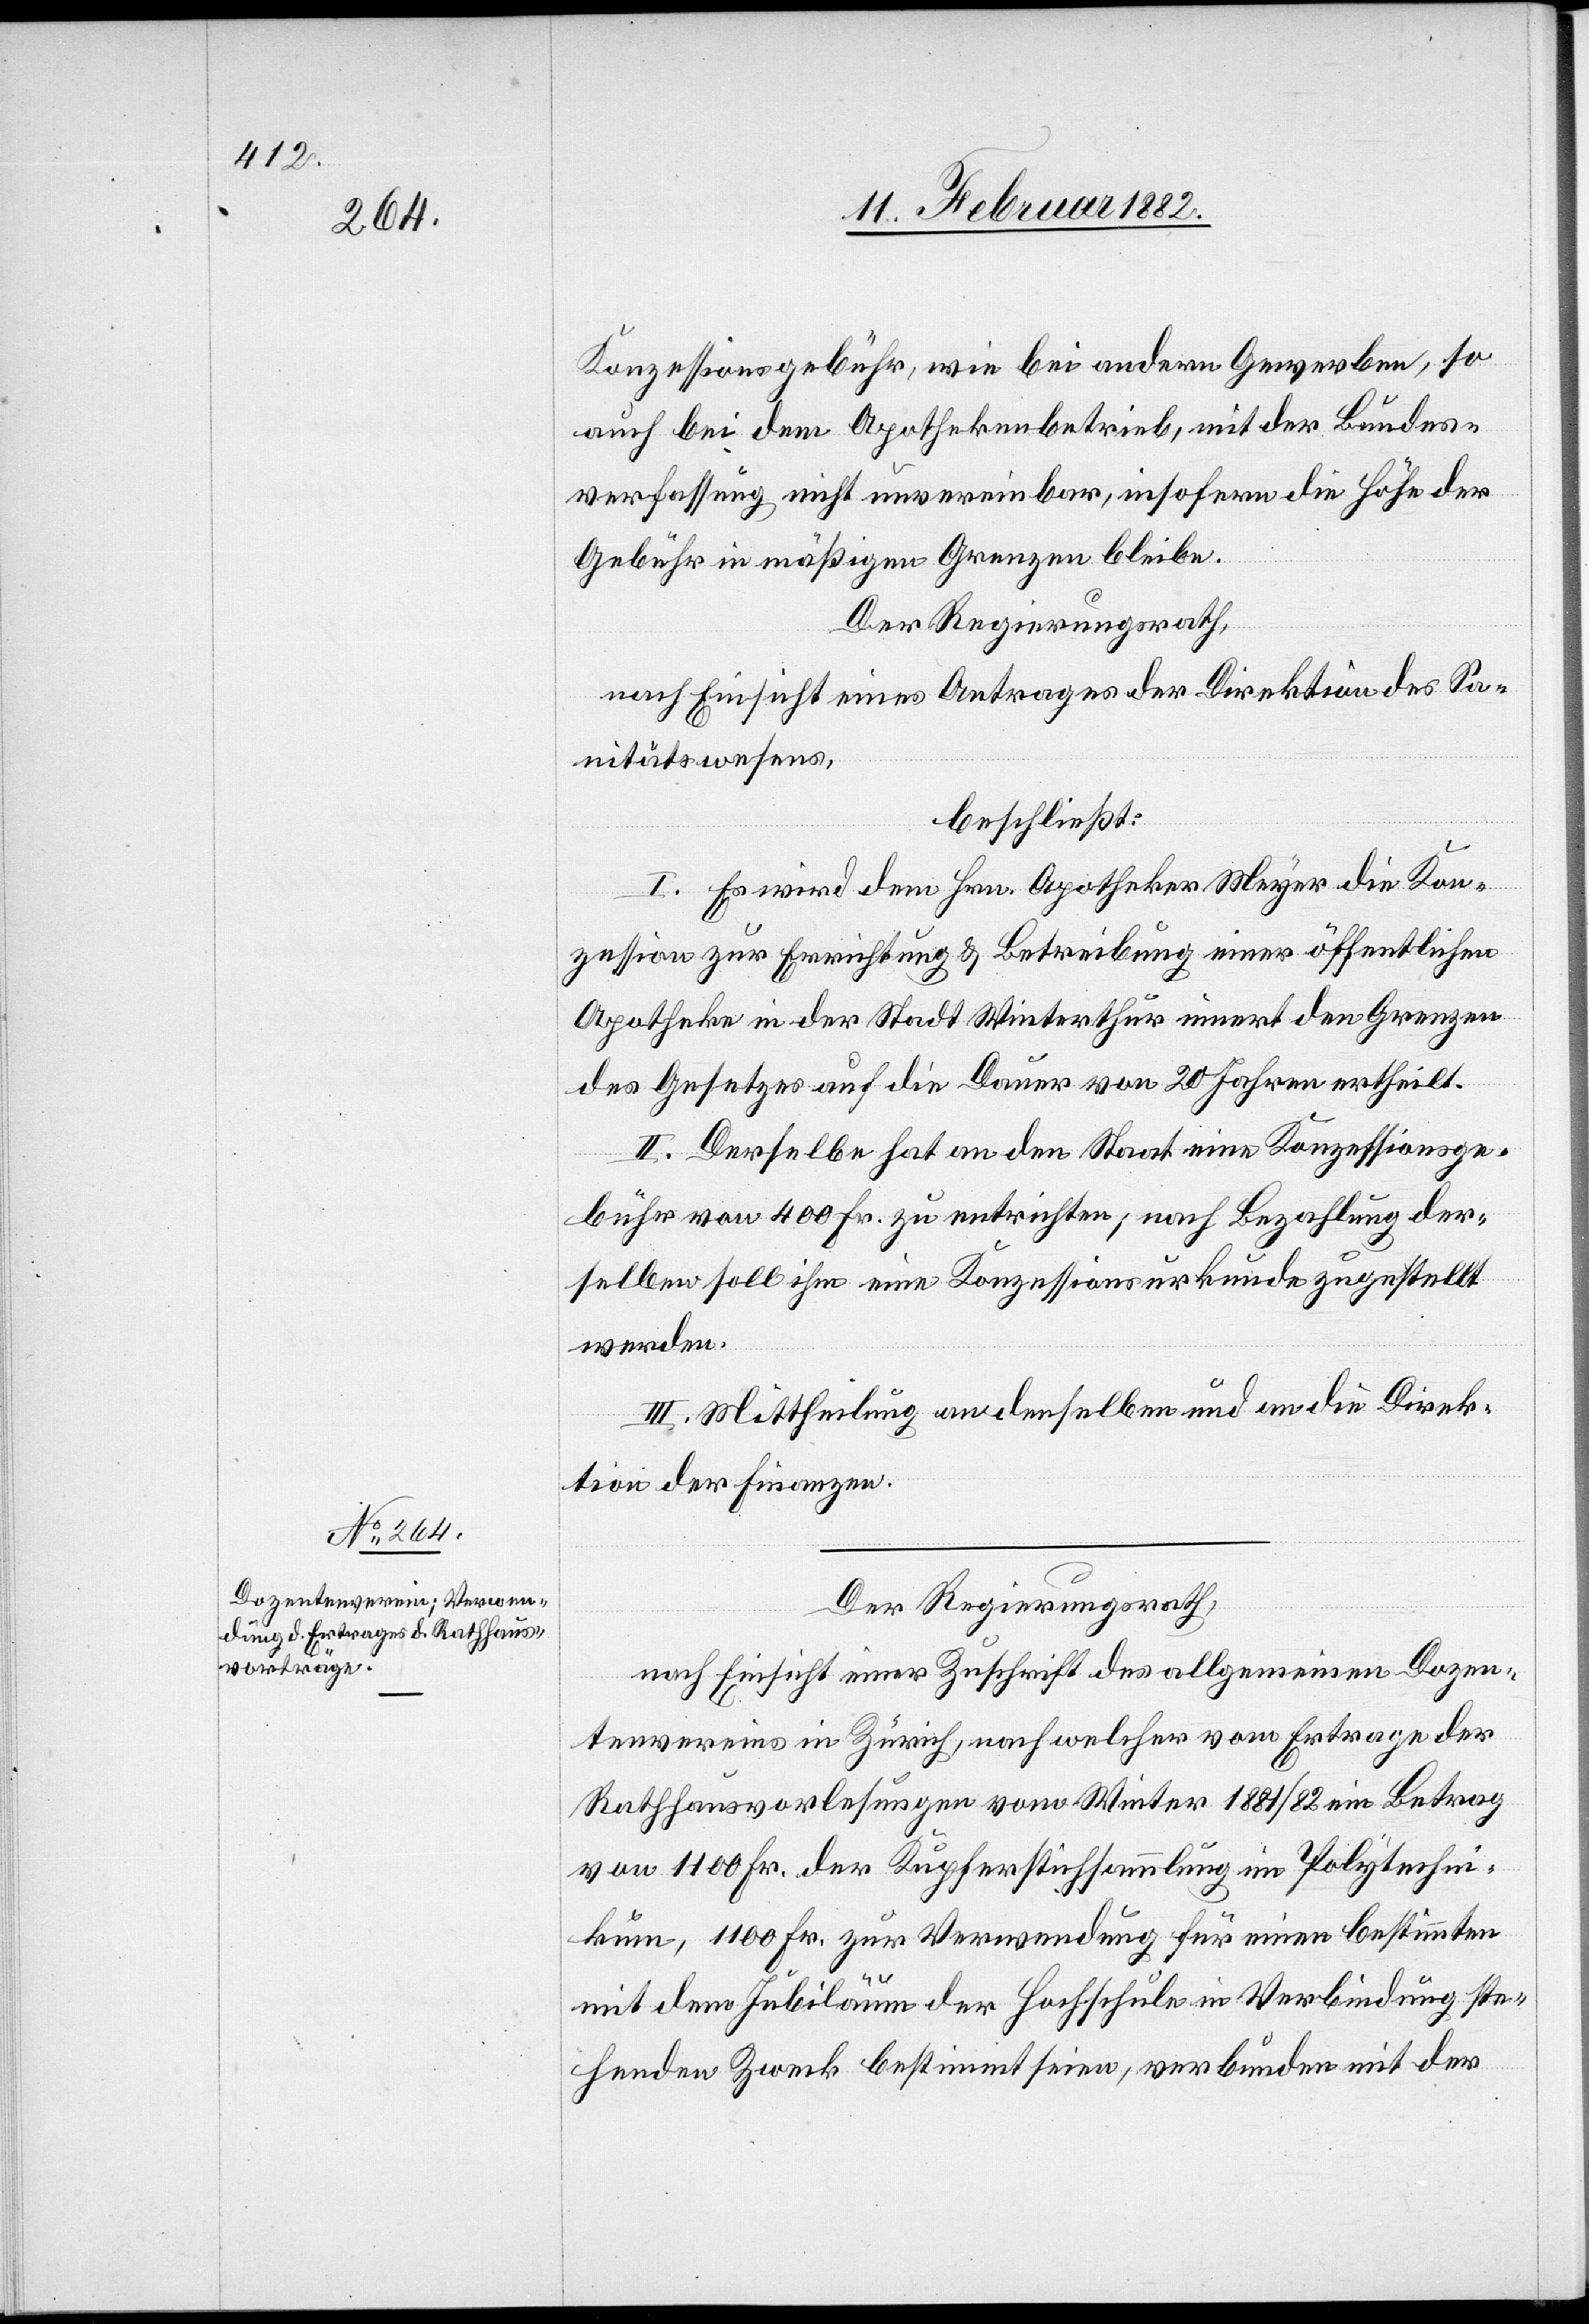
Der Regierungsrath,
nach Einsicht einer Zuschrift des allgemeinen Dozen¬
tenvereins in Zürich, nach welcher vom Ertrage der
Rathhausvorlesungen vom Winter 1881/82 ein Betrag
von 1100 Fr. der Kupferstiftsammlung im Polytechni¬
kum, 1100 Fr. zur Verwendung für einen bestimmten
mit dem Jubiläum der Hochschule in Verbindung ste¬
henden Zweck bestimmt seien, verbunden mit der